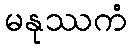
မနုဿကံ